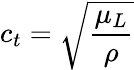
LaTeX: c_{t}=\sqrt{\frac{\mu_{L}}{\rho}}